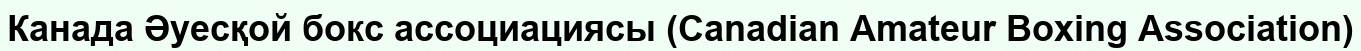
Канада Әуесқой бокс ассоциациясы (Canadian Amateur Boxing Association)